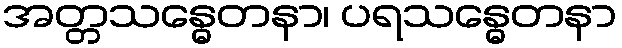
အတ္တသန္ဓေတနာ၊ ပရသန္ဓေတနာ